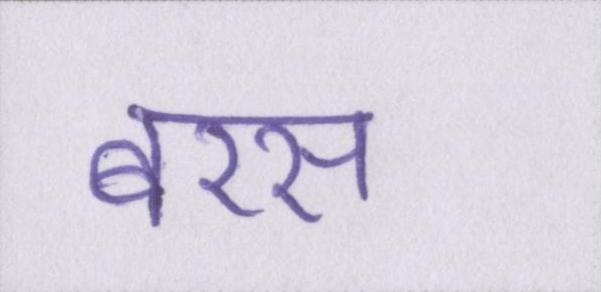
बरस